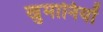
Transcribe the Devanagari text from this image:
खुमानियों